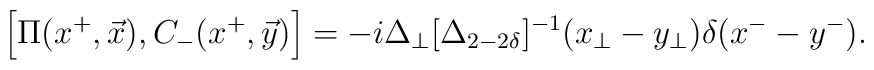
\left [\Pi (x^{+},\vec{x}), C_{-}(x^{+},\vec{y}) \right] = -i \Delta_\perp [\Delta_{2-2\delta}]^{-1}(x_\perp - y_\perp)\delta({x^-} - y^-).